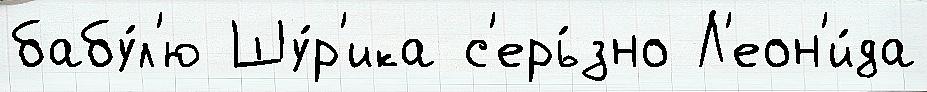
бабу́л'ю Шу́р'ика с'ерь́зно Л'еон'и́да